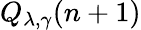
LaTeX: Q_{\lambda,\gamma}(n+1)